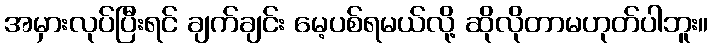
အမှားလုပ်ပြီးရင် ချက်ချင်း မေ့ပစ်ရမယ်လို့ ဆိုလိုတာမဟုတ်ပါဘူး။